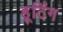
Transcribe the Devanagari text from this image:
हूटिंग